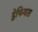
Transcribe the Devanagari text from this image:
ड्रेफियस